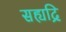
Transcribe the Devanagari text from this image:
सह्यद्रि